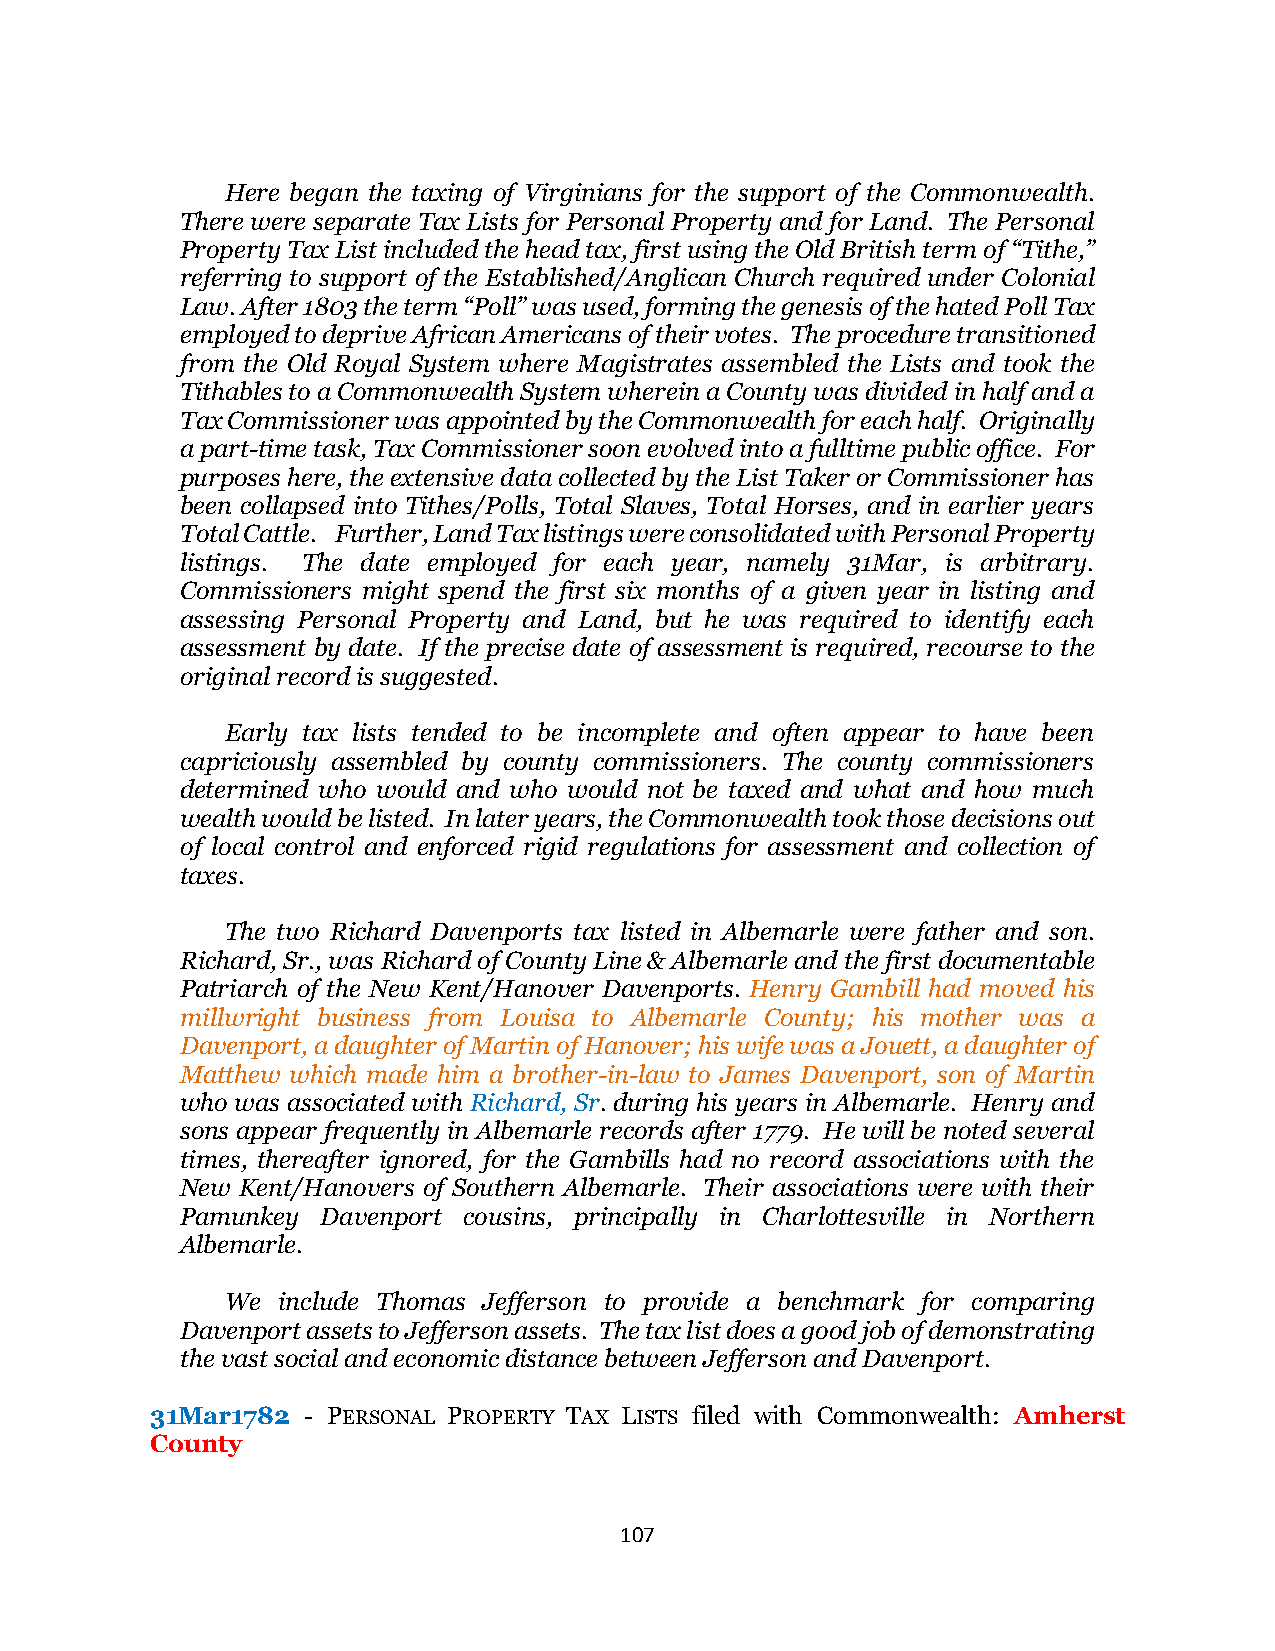
Here began the taxing of Virginians for the support of the Commonwealth.
 There were separate Tax Lists for Personal Property and for Land. The Personal
 Property Tax List included the head tax, first using the Old British term of “Tithe,”
 referring to support of the Established/Anglican Church required under Colonial
 Law. After 1803 the term “Poll” was used, forming the genesis of the hated Poll Tax
 employed to deprive African Americans of their votes. The procedure transitioned
 from the Old Royal System where Magistrates assembled the Lists and took the
 Tithables to a Commonwealth System wherein a County was divided in half and a
 Tax Commissioner was appointed by the Commonwealth for each half. Originally
 a part-time task, Tax Commissioner soon evolved into a fulltime public office. For
 purposes here, the extensive data collected by the List Taker or Commissioner has
 been collapsed into Tithes/Polls, Total Slaves, Total Horses, and in earlier years
 Total Cattle. Further, Land Tax listings were consolidated with Personal Property
 listings. The date employed for each year, namely 31Mar, is arbitrary.
 Commissioners might spend the first six months of a given year in listing and
 assessing Personal Property and Land, but he was required to identify each
 assessment by date. If the precise date of assessment is required, recourse to the
 original record is suggested.
 Early tax lists tended to be incomplete and often appear to have been
 capriciously assembled by county commissioners. The county commissioners
 determined who would and who would not be taxed and what and how much
 wealth would be listed. In later years, the Commonwealth took those decisions out
 of local control and enforced rigid regulations for assessment and collection of
 taxes.
 The two Richard Davenports tax listed in Albemarle were father and son.
 Richard, Sr., was Richard of County Line & Albemarle and the first documentable
 Patriarch of the New Kent/Hanover Davenports. Henry Gambill had moved his
 millwright business from Louisa to Albemarle County; his mother was a
 Davenport, a daughter of Martin of Hanover; his wife was a Jouett, a daughter of
 Matthew which made him a brother-in-law to James Davenport, son of Martin
 who was associated with Richard, Sr. during his years in Albemarle. Henry and
 sons appear frequently in Albemarle records after 1779. He will be noted several
 times, thereafter ignored, for the Gambills had no record associations with the
 New Kent/Hanovers of Southern Albemarle. Their associations were with their
 Pamunkey Davenport cousins, principally in Charlottesville in Northern
 Albemarle.
 We include Thomas Jefferson to provide a benchmark for comparing
 Davenport assets to Jefferson assets. The tax list does a good job of demonstrating
 the vast social and economic distance between Jefferson and Davenport.
 31Mar1782 - PERSONAL PROPERTY TAX LISTS filed with Commonwealth: Amherst
 County
 107